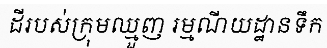
ដីរបស់ក្រុមឈ្មួញ រម្មណីយដ្ឋានទឹក